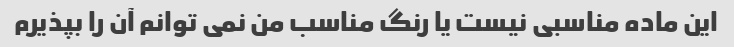
این ماده مناسبی نیست یا رنگ مناسب من نمی توانم آن را بپذیرم